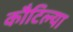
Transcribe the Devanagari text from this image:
कौटिल्या